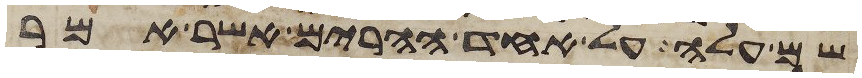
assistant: שם עלה על אחד ההרים אשר אמר